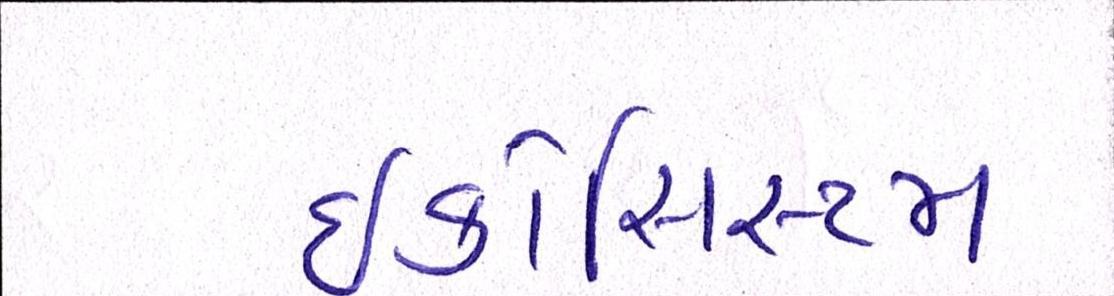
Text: ઇકોસિસ્ટમ